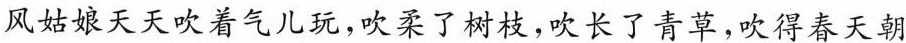
风姑娘天天吹着气儿玩，吹柔了树枝，吹长了青草，吹得春天朝